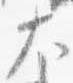
大